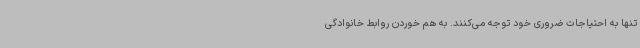
تنها به احتیاجات ضروری خود توجه می‌کنند. به هم خوردن روابط خانوادگی